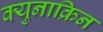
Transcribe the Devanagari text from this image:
क्युनाक्रिन